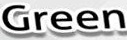
Green